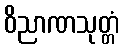
ဝိညာဏသုတ္တံ